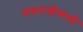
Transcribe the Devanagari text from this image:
नवरात्रीमध्ये